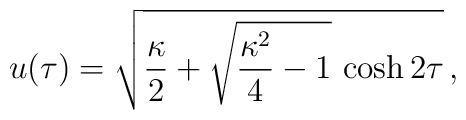
u(\tau) = \sqrt{{\kappa\over 2} + \sqrt{{\kappa^2\over 4}-1}\,\cosh 2\tau} \,,